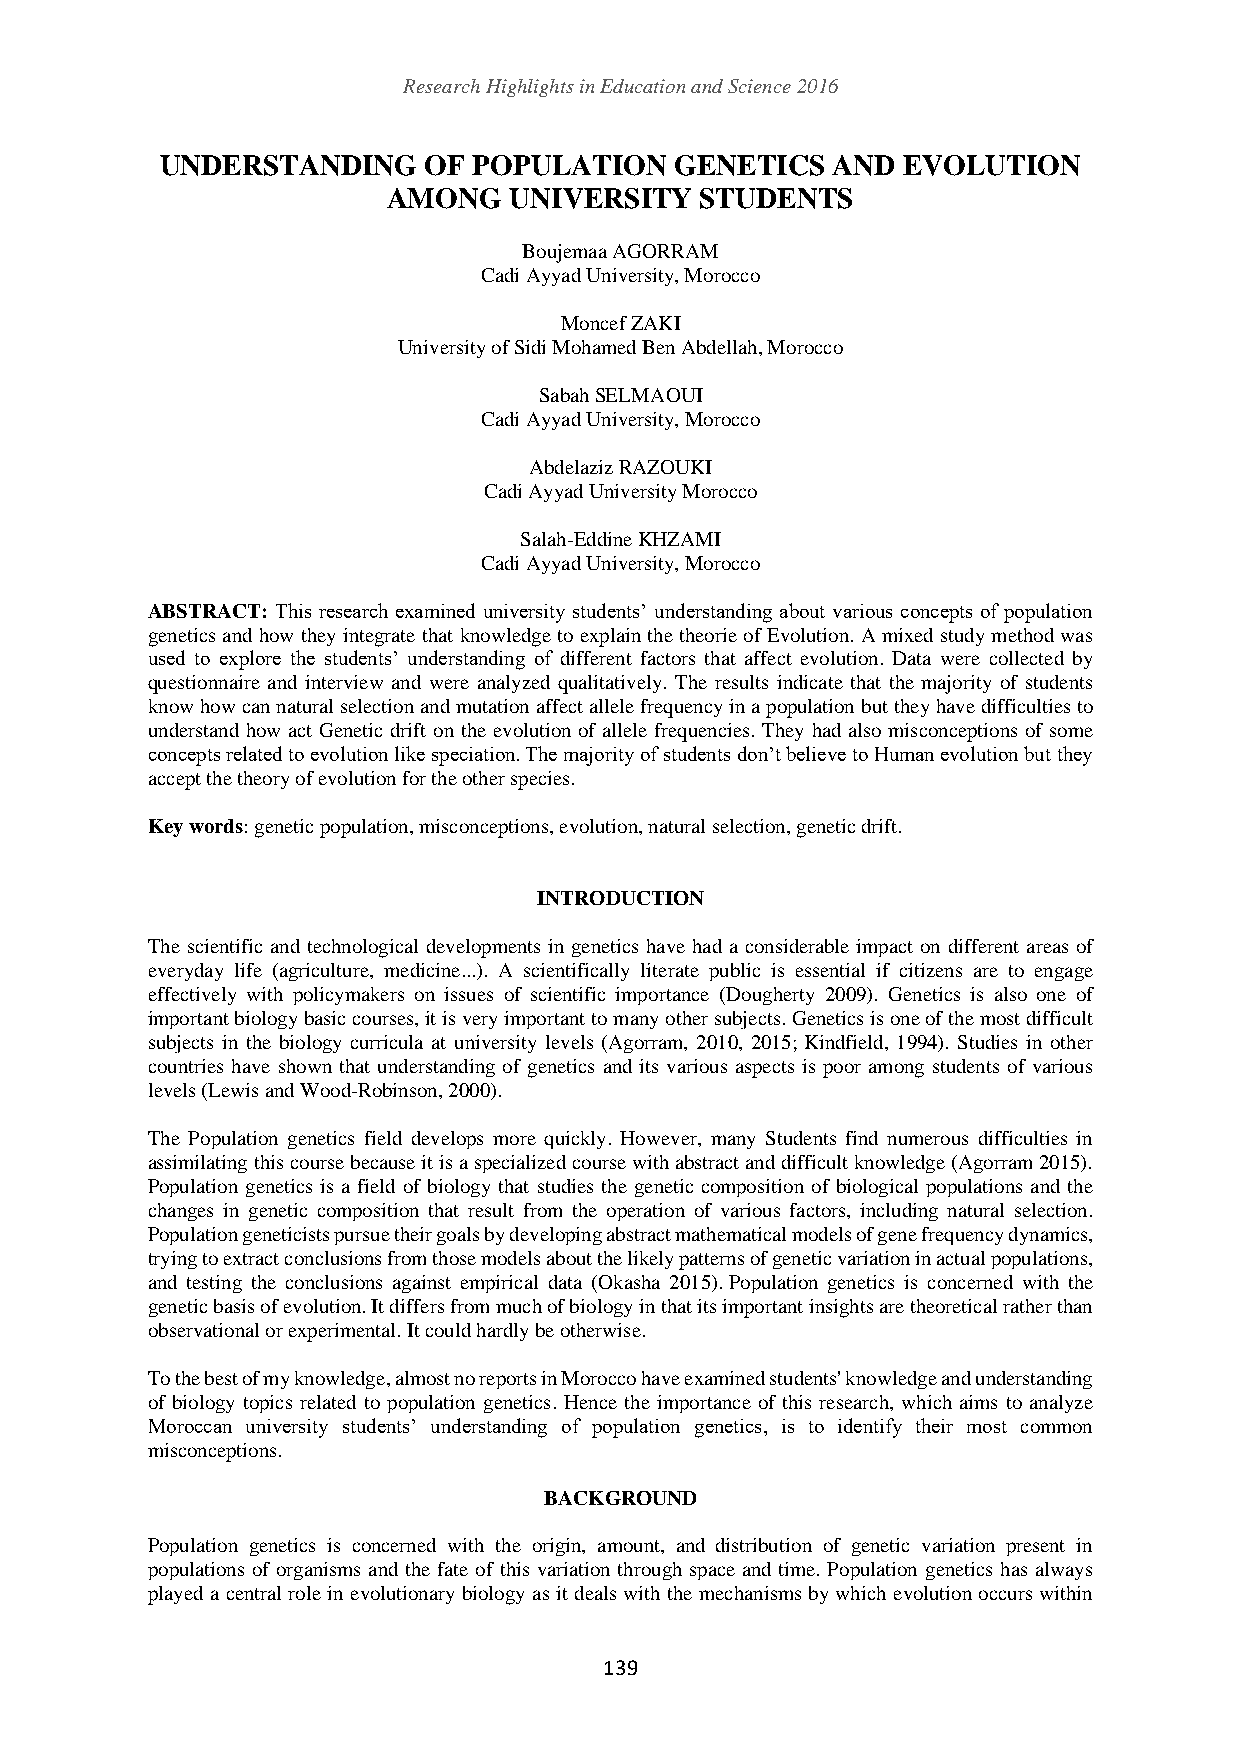
Research Highlights in Education and Science 2016
 UNDERSTANDING    OF POPULATION    GENETICS  AND  EVOLUTION
 AMONG   UNIVERSITY  STUDENTS
 Boujemaa AGORRAM
 Cadi Ayyad University, Morocco
 Moncef ZAKI
 University of Sidi Mohamed Ben Abdellah, Morocco
 Sabah SELMAOUI
 Cadi Ayyad University, Morocco
 Abdelaziz RAZOUKI
 Cadi Ayyad University Morocco
 Salah-Eddine KHZAMI
 Cadi Ayyad University, Morocco
 ABSTRACT: This research examined university students’ understanding about various concepts of population
 genetics and how they integrate that knowledge to explain the theorie of Evolution. A mixed study method was
 used to explore the students’ understanding of different factors that affect evolution. Data were collected by
 questionnaire and interview and were analyzed qualitatively. The results indicate that the majority of students
 know how can natural selection and mutation affect allele frequency in a population but they have difficulties to
 understand how act Genetic drift on the evolution of allele frequencies. They had also misconceptions of some
 concepts related to evolution like speciation. The majority of students don’t believe to Human evolution but they
 accept the theory of evolution for the other species.
 Key words: genetic population, misconceptions, evolution, natural selection, genetic drift.
 INTRODUCTION
 The scientific and technological developments in genetics have had a considerable impact on different areas of
 everyday life (agriculture, medicine...). A scientifically literate public is essential if citizens are to engage
 effectively with policymakers on issues of scientific importance (Dougherty 2009). Genetics is also one of
 important biology basic courses, it is very important to many other subjects. Genetics is one of the most difficult
 subjects in the biology curricula at university levels (Agorram, 2010, 2015; Kindfield, 1994). Studies in other
 countries have shown that understanding of genetics and its various aspects is poor among students of various
 levels (Lewis and Wood-Robinson, 2000).
 The Population genetics field develops more quickly. However, many Students find numerous difficulties in
 assimilating this course because it is a specialized course with abstract and difficult knowledge (Agorram 2015).
 Population genetics is a field of biology that studies the genetic composition of biological populations and the
 changes in genetic composition that result from the operation of various factors, including natural selection.
 Population geneticists pursue their goals by developing abstract mathematical models of gene frequency dynamics,
 trying to extract conclusions from those models about the likely patterns of genetic variation in actual populations,
 and testing the conclusions against empirical data (Okasha 2015). Population genetics is concerned with the
 genetic basis of evolution. It differs from much of biology in that its important insights are theoretical rather than
 observational or experimental. It could hardly be otherwise.
 To the best of my knowledge, almost no reports in Morocco have examined students' knowledge and understanding
 of biology topics related to population genetics. Hence the importance of this research, which aims to analyze
 Moroccan university students’ understanding of population genetics, is to identify their most common
 misconceptions.
 BACKGROUND
 Population genetics is concerned with the origin, amount, and distribution of genetic variation present in
 populations of organisms and the fate of this variation through space and time. Population genetics has always
 played a central role in evolutionary biology as it deals with the mechanisms by which evolution occurs within
 139